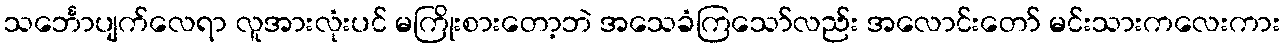
သင်္ဘောပျက်လေရာ လူအားလုံးပင် မကြိုးစားတော့ဘဲ အသေခံကြသော်လည်း အလောင်းတော် မင်းသားကလေးကား